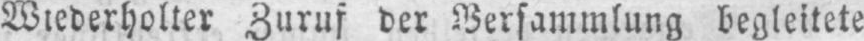
Wiederholter Zuruf der Versammlung begleitete